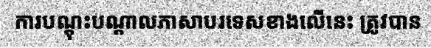
ការបណ្តុះបណ្តាលភាសាបរទេសខាងលើនេះ ត្រូវបាន